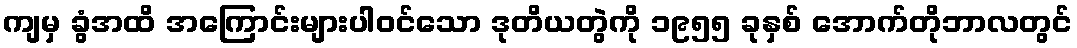
ကျမှ ခွံအထိ အကြောင်းများပါဝင်သော ဒုတိယတွဲကို ၁၉၅၅ ခုနှစ် အောက်တိုဘာလတွင်